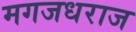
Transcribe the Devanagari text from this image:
मगजधराज